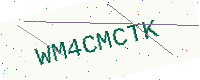
Text: WM4CMCTK